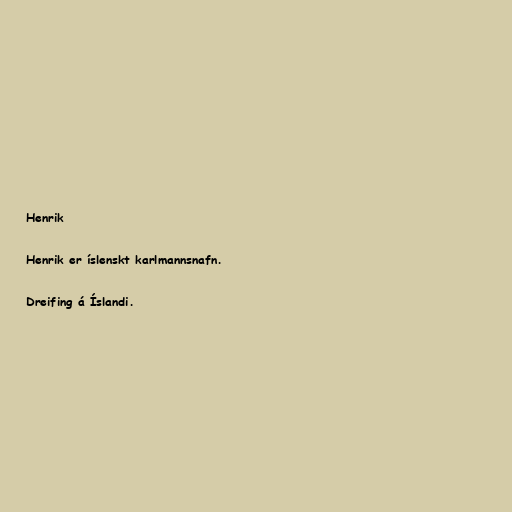
Henrik

Henrik er íslenskt karlmannsnafn.

Dreifing á Íslandi.